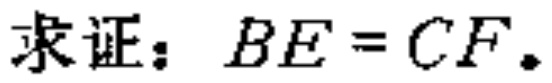
求证：$BE = CF.$